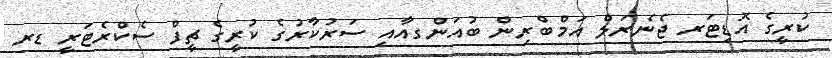
ކުރީގެ އޮޑިޓަރ ޖެނެރަލް އަމްބްރިން ބުއަންގއާއި ސަރުކާރުގެ ކުރީގެ ޗީފް ސެކްރެޓަރީ ޑރ